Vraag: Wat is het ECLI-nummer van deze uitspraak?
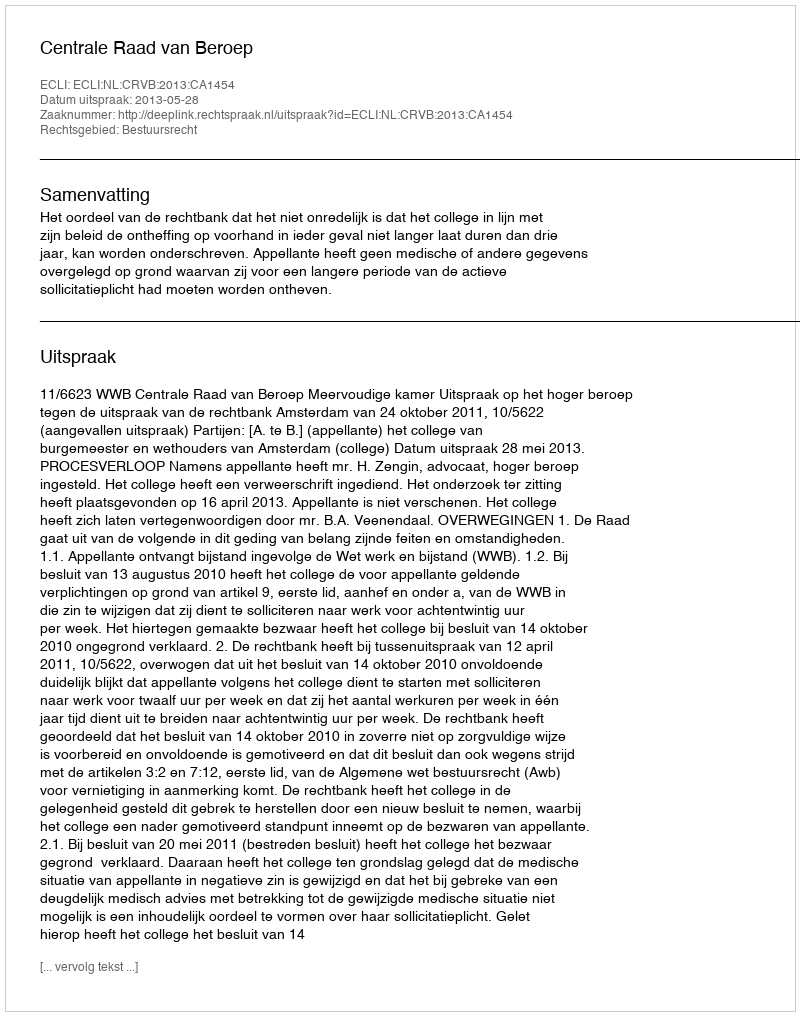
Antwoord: ECLI:NL:CRVB:2013:CA1454